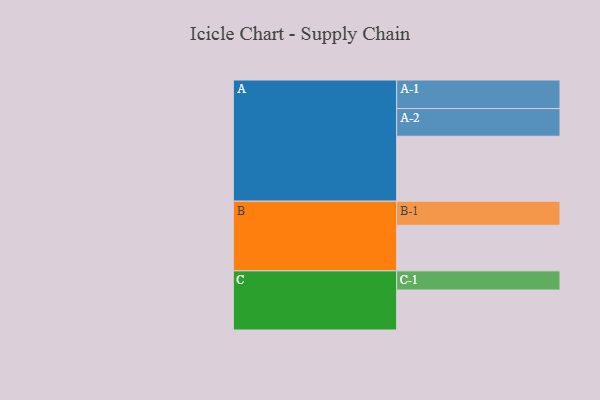
{"axis": {"x": "Segment", "y": "Value"}, "legend": ["", "A", "B", "C"], "data": [{"x": "A", "y": 582, "type": ""}, {"x": "B", "y": 408, "type": ""}, {"x": "C", "y": 358, "type": ""}, {"x": "A-1", "y": 256, "type": "A"}, {"x": "A-2", "y": 248, "type": "A"}, {"x": "B-1", "y": 216, "type": "B"}, {"x": "C-1", "y": 172, "type": "C"}]}